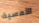
الأمسية